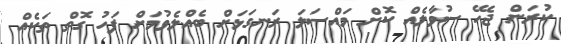
ކުރަން ޖެހޭ ސުވާލެއް ކޮށް މައްސަލަ ރަނގަޅަށް ބެއްލެވުމަށް ފަހު ގޮތް ތަކެއް